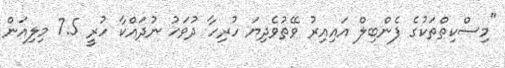
"މިސްކިތްތަކުގެ ފެންބިލް އައިއިރު ވޭތުވެދިޔަ ހުރިހާ ދުވަހު ނުދައްކާ ހުރީ 7.5 މިލިއަން